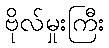
ဗိုလ်မှုးကြီး